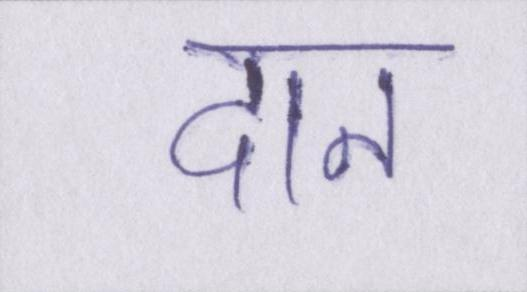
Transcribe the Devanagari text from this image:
दान